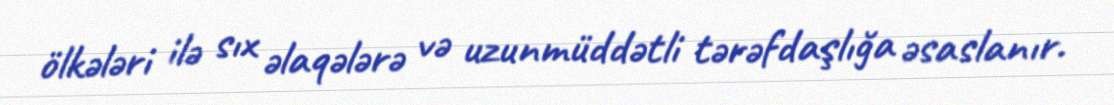
ölkələri ilə sıx əlaqələrə və uzunmüddətli tərəfdaşlığa əsaslanır.